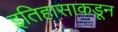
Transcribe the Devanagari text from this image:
इतिहासाकडून